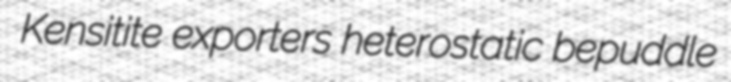
Kensitite exporters heterostatic bepuddle